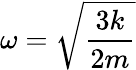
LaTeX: \omega=\sqrt{\frac{3k}{2m}}